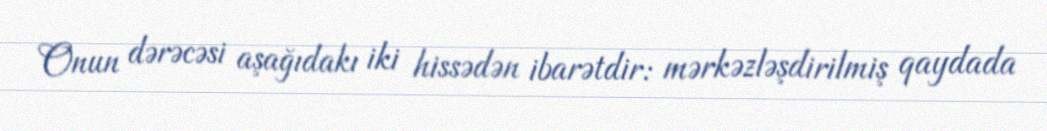
Onun dərəcəsi aşağıdakı iki hissədən ibarətdir: mərkəzləşdirilmiş qaydada